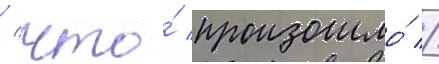
/ что́ произошло́ //